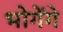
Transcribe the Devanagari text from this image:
भोगेंगे